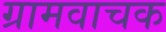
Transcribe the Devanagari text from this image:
ग्रामवाचक